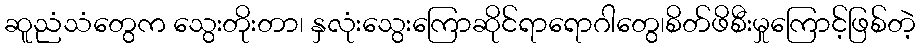
ဆူညံသံတွေက သွေးတိုးတာ၊ နှလုံးသွေးကြောဆိုင်ရာရောဂါတွေ၊စိတ်ဖိစီးမှုကြောင့်ဖြစ်တဲ့